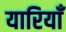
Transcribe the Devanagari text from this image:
यारियाँ